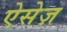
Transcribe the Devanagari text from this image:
ऐसेज़